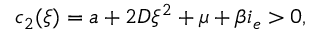
c _ { 2 } ( \xi ) = a + 2 D \xi ^ { 2 } + \mu + \beta i _ { e } > 0 ,